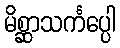
မိစ္ဆာသင်္ကပ္ပေါ